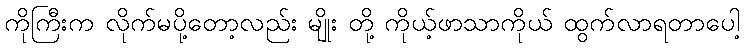
ကိုကြီးက လိုက်မပို့တော့လည်း မျိုး တို့ ကိုယ့်ဖာသာကိုယ် ထွက်လာရတာပေါ့